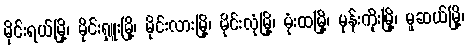
မိုင်းရယ်မြို့၊ မိုင်းရှူးမြို့၊ မိုင်းလားမြို့၊ မိုင်းလုံမြို့၊ မုံးထမြို့၊ မုန်းကိုးမြို့၊ မူဆယ်မြို့၊